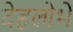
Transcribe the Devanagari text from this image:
देहलोभें